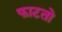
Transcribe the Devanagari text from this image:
फाटतो